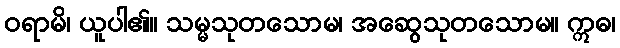
ဝရာမိ၊ ယူပါ၏။ သမ္မသုတသောမ၊ အဆွေသုတသောမ။ ဣဓ၊